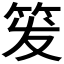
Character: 𬔹